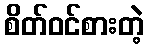
စိတ်ဝင်စားတဲ့